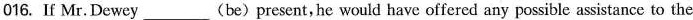
016. If Mr.Dewey ___ (be)present,he would have offered any possible asistance to the